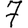
Digit: 7